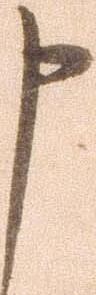
申